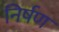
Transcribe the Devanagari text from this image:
निर्षण